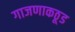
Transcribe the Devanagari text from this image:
गाजणाकठूड